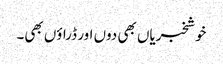
خوشخبریاں بھی دوں اور ڈراؤں بھی۔